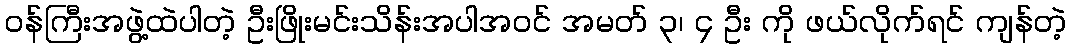
ဝန်ကြီးအဖွဲ့ထဲပါတဲ့ ဦးဖြိုးမင်းသိန်းအပါအဝင် အမတ် ၃၊ ၄ ဦး ကို ဖယ်လိုက်ရင် ကျန်တဲ့